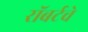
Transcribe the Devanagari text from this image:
रॉबर्टचे